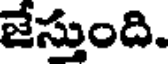
జేస్తుంది.